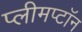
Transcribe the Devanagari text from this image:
प्लीमप्टॉन